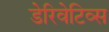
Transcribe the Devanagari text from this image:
डेरिवेटिव्स